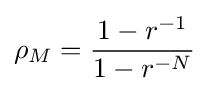
{\begin{aligned}\rho _{M}={\frac {1-r^{-1}}{1-r^{-N}}}\end{aligned}}